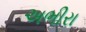
અભીરા